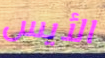
الأيس